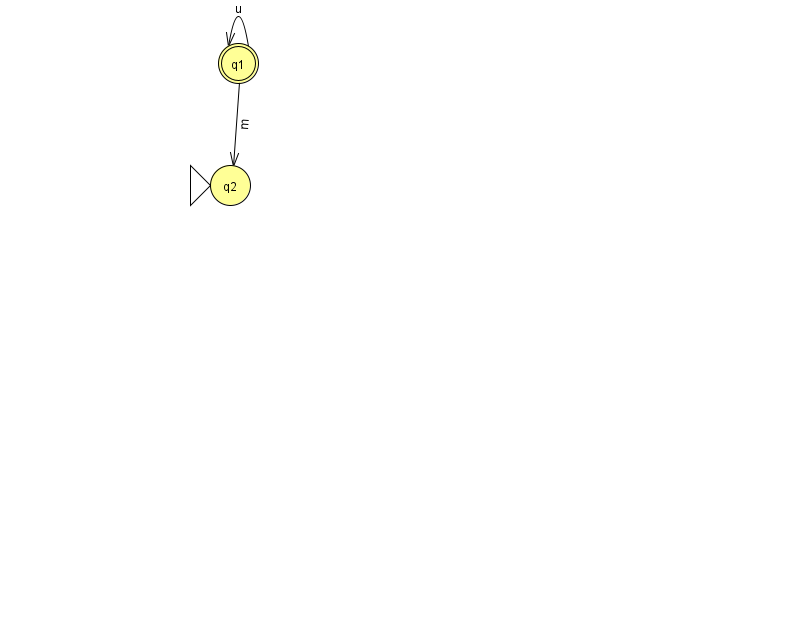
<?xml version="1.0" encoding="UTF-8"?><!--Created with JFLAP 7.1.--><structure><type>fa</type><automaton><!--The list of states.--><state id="1" name="q1"><x>238.0</x><y>50.0</y><final/></state><state id="2" name="q2"><x>230.0</x><y>172.0</y><initial/></state><!--The list of transitions.--><transition><from>1</from><to>1</to><read>u</read></transition><transition><from>1</from><to>2</to><read>m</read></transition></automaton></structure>